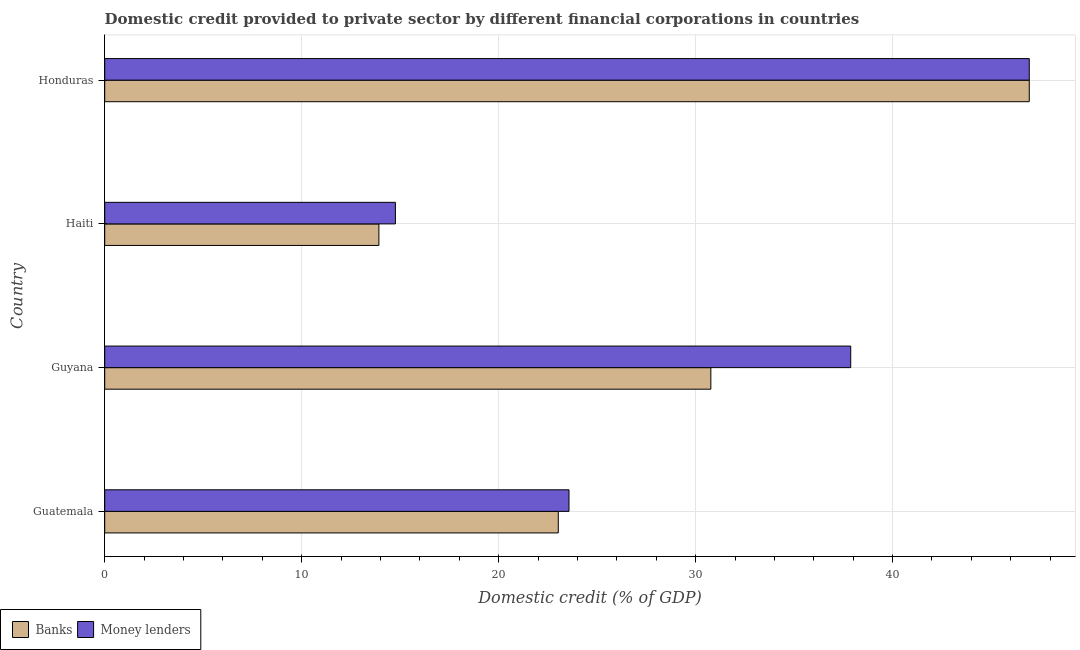
| Country | Banks | Money lenders |
 | --- | --- | --- |
 | Guatemala | 23 | 23.6 |
 | Guyana | 30.8 | 37.9 |
 | Haiti | 13.9 | 14.8 |
 | Honduras | 46.9 | 46.9 |